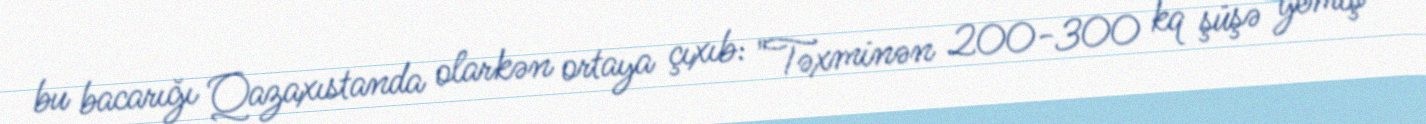
bu bacarığı Qazaxıstanda olarkən ortaya çıxıb: "Təxminən 200-300 kq şüşə yemiş